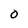
Character: 0